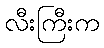
လီးကြီးက